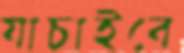
যাচাইবে